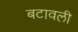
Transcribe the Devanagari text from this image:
बटावली